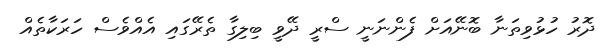
ދޮރު ހުޅުވިތަނާ ބޮނޭއަށް ފެންނަނީ ސްރީ ދޭވީ ބިލިގާ ތެރޭގައި އެއްވެސް ހަރަކާތެއް